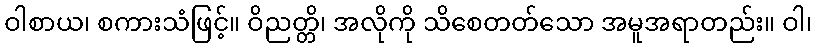
ဝါစာယ၊ စကားသံဖြင့်။ ဝိညတ္တိ၊ အလိုကို သိစေတတ်သော အမူအရာတည်း။ ဝါ၊